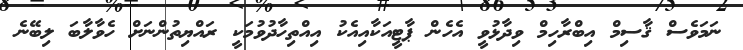
ނަމަވެސް ޤާސިމް އިބްރާހިމް ވިދާޅުވީ އެހެން ޕާޓީއަކާއިއެކު އިއްތިހާދުވުމަކީ ރައްޔިތުންނަށް ހެވާލާބަ ލިބޭނެ